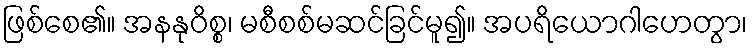
ဖြစ်စေ၏။ အနနုဝိစ္စ၊ မစီစစ်မဆင်ခြင်မူ၍။ အပရိယောဂါဟေတွာ၊